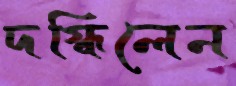
দগ্ধিলেন